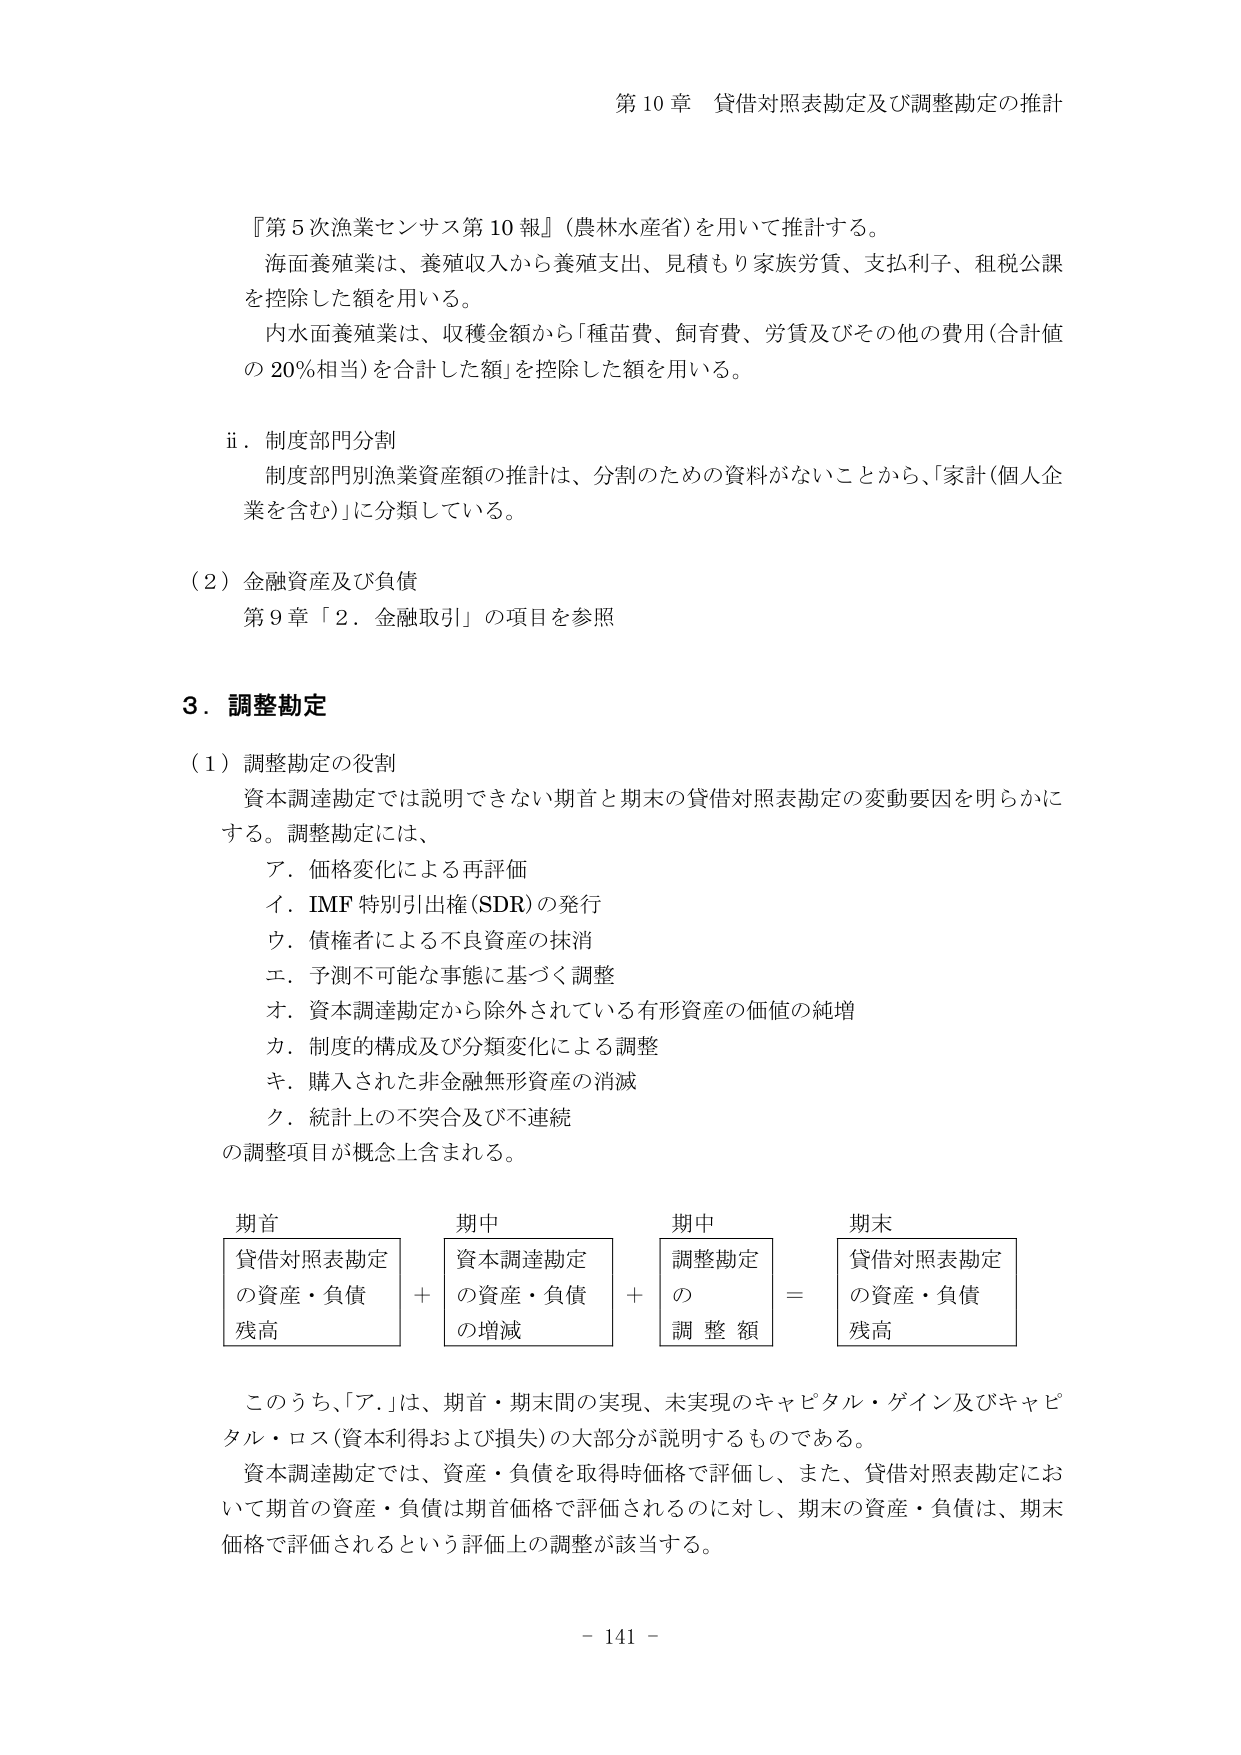
第10章 貸借対照表勘定及び調整勘定の推計

『第5次漁業センサス第10報』（農林水産省）を用いて推計する。
海面養殖業は、養殖収入から養殖支出、見積もり家族労賃、支払利子、租税公課を控除した額を用いる。
内水面養殖業は、収穫金額から「種苗費、飼育費、労賃及びその他の費用（合計値の20％相当）を合計した額」を控除した額を用いる。

ii．制度部門分割
制度部門別漁業資産額の推計は、分割のための資料がないことから、「家計（個人企業を含む）」に分類している。

（2）金融資産及び負債
第9章「2．金融取引」の項目を参照

3．調整勘定

（1）調整勘定の役割
資本調達勘定では説明できない期首と期末の貸借対照表勘定の変動要因を明らかにする。調整勘定には、
ア．価格変化による再評価
イ．IMF特別引出権（SDR）の発行
ウ．債権者による不良資産の抹消
エ．予測不可能な事態に基づく調整
オ．資本調達勘定から除外されている有形資産の価値の純増
カ．制度的構成及び分類変化による調整
キ．購入された非金融無形資産の消滅
ク．統計上の不突合及び不連続
の調整項目が概念上含まれる。

期首　　　　　　期中　　　　　　期中　　　　　　期末
貸借対照表勘定　資本調達勘定　　調整勘定　　　　貸借対照表勘定
の資産・負債　　の資産・負債　　の　　　　　　　の資産・負債
残高　　　　　　の増減　　　　　調整額　　　　　残高
　　　　　　　　＋　　　　　　　＋　　　　　　＝

このうち、「ア．」は、期首・期末間の実現、未実現のキャピタル・ゲイン及びキャピタル・ロス（資本利得および損失）の大部分が説明するものである。
資本調達勘定では、資産・負債を取得時価格で評価し、また、貸借対照表勘定において期首の資産・負債は期首価格で評価されるのに対し、期末の資産・負債は、期末価格で評価されるという評価上の調整が該当する。

－ 141 －